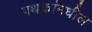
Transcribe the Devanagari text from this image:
पथकांमधील